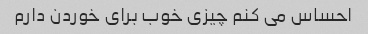
احساس می کنم چیزی خوب برای خوردن دارم